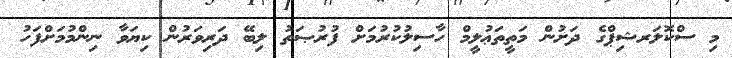
މި ސްކޮލަރޝިޕްގެ ދަށުން މަތީތަޢުލީމް ހާސިލުކުރުމަށް ފުރުޞަތު ލިބޭ ދަރިވަރުން ކިޔަވާ ނިންމުމަށްފަހު